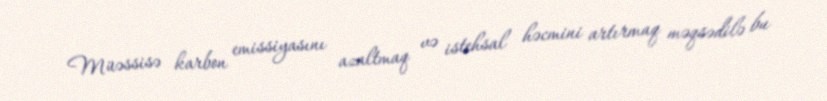
Müəssisə karbon emissiyasını azaltmaq və istehsal həcmini artırmaq məqsədilə bu